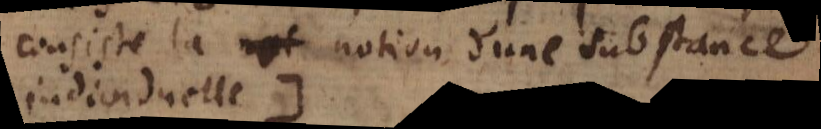
consiste la notion d’une substance